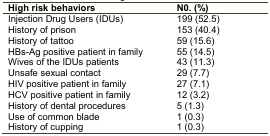
| High risk behaviors | N0. (%) |
 | --- | --- |
 | Injection Drug Users (IDUs) | 199 (52.5) |
 | History of prison | 153 (40.4) |
 | History of tattoo | 59 (15.6) |
 | HBs-Ag positive patient in family | 55 (14.5) |
 | Wives of the IDUs patients | 43 (11.3) |
 | Unsafe sexual contact | 29 (7.7) |
 | HIV positive patient in family | 27 (7.1) |
 | HCV positive patient in family | 12 (3.2) |
 | History of dental procedures | 5 (1.3) |
 | Use of common blade | 1 (0.3) |
 | History of cupping | 1 (0.3) |